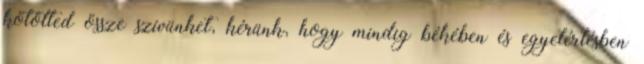
kötötted össze szívünket, kérünk, hogy mindig békében és egyetértésben